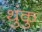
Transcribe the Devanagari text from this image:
थुंकु